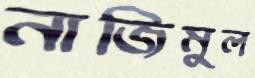
নাজিমুল